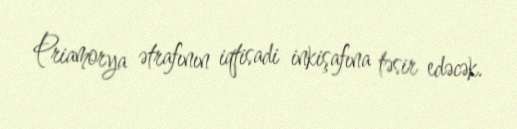
Priamorya ətrafının iqtisadi inkişafına təsir edəcək.